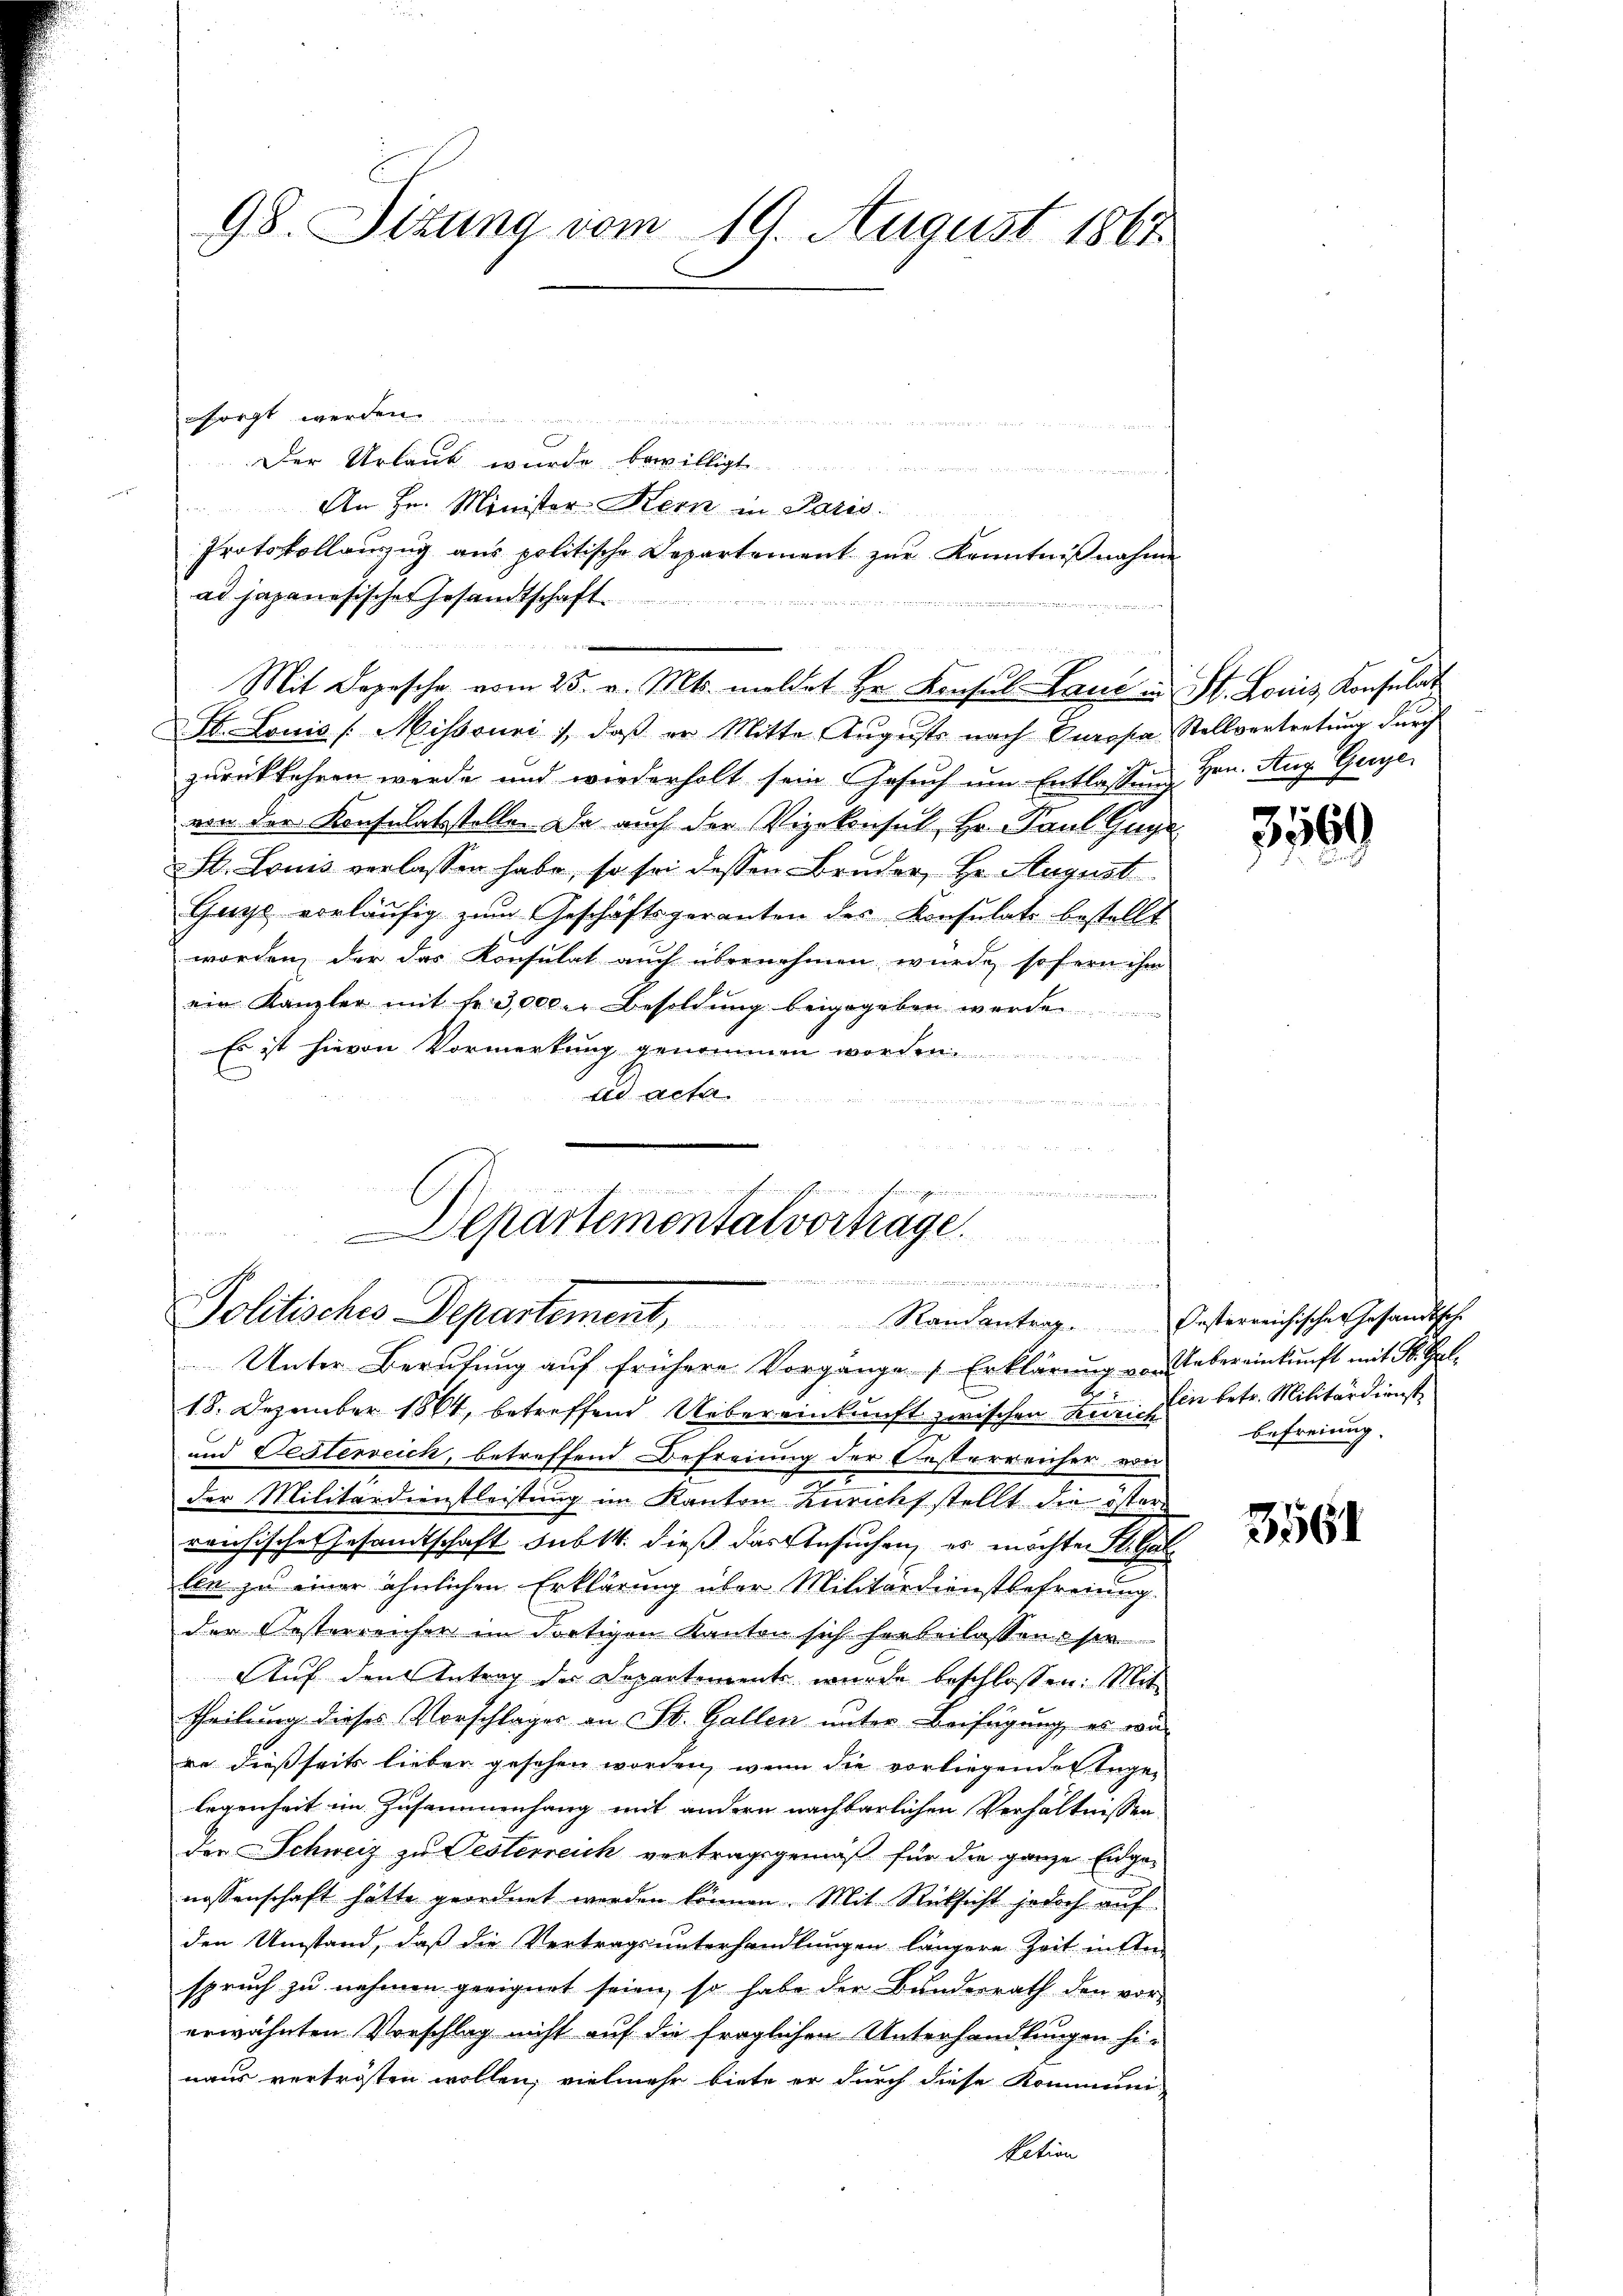
esorgt werden.
Der Urlaub wurde bewilligt
An Hr. Minister-Kern in Paris
Protokollauszug aus politische Departement zur Kenntnißnahme
ad japanesischer Gesandtschaft
Mit Depesche vom 25. v. Mts. meldet Hr. Konsul-Land u. St. Louis, Konsulat
H. Louis [Missouri), daß er Mitte Augusts nach Europa Stellvertretung durch
zurückkehren werde und wiederholt sein Gesuch um Entlassung Hrn. Aug. Gege
von der Konsulatsstelle. Da auch der Vizekonsul, Hr. Paul Guye
St. Louis verlassen habe, so sei dessen Bruder, Hr. August
Guys vorläŭfig zum Geschäftsgeranten des Konsulate bestellt
worden, der das Konsulat auch übernehmen wurde, sofern ihm
ein Kanzler mit fr. 3,000. Besoldŭng beigegeben werde
Es ist hievon Vormerkung genommen worden.
Eid acta

e
in meinen in der wissen
i

98. Situng vom 19. August 1867

Departemental vorträge.
u
inn die Stirne in die Heinricinistisch unten unter di
Politisches Departement, Randantrag. Oesterreichische Gesandtsch.

Unter Berufung auf frühere Vorgänge Erklärung von Uebereinkunft mit St. Gal¬
18. Dezember 1864, betreffend Uebereinkunft zwischen Kurien betr. Militärdienste
und Festerreich, betreffend Befreiung der Oesterreicher von
der Militärdienstleistung im Kanton Zürichsstellt die östern
reichische Gesandtschaft sub 14. dieß das Ansuchen, es möchten St. Gallen zu einer ähnlichen Erklärung über Militärdienstbefreiung
der Oesterreicher im dortigen Kanton sich herbeilassens see
Auf den Antrag des Departement wurde beschlossen: Mit
theilung dieses Vorschlages an St. Gallen unter Beifügung, es wär
re dießseits lieber gesehen worden, wenn die vorliegenden Ingen
legenheit im Zusammenhang mit andern nachbarlichen Verhältnissen
der Schweiz zu Oesterreich vertragsgemäß für die ganze Eidge-
nossenschaft hätte geordnet werden können. Mit Rücksicht jedoch auf
den Umstand, daß die Vertragsunterhandlungen längere Zeit inter
spruch zu nehmen geeignet seien, so habe der Bunderrath den vor-
erwähnten Vorschlag nicht auf die fraglichen Unterhandlungen hi-
naus vertrösten wollen, vielmehr biete er durch diese Kommun
kation

3569

befreiung.

3561